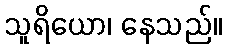
သူရိယော၊ နေသည်။